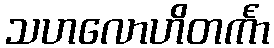
သဟလောဟိတင်္ကာ